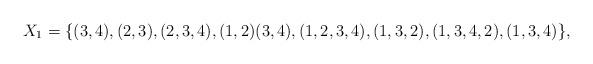
LaTeX: \begin{align*}X_1 = \{ (3, 4), (2, 3), (2, 3, 4), (1, 2)(3, 4), (1, 2, 3, 4), (1, 3, 2), (1, 3, 4, 2), (1, 3, 4)\}, \end{align*}